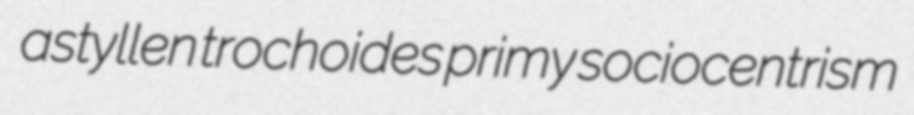
astyllen trochoides primy sociocentrism